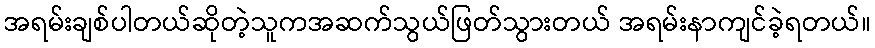
အရမ်းချစ်ပါတယ်ဆိုတဲ့သူကအဆက်သွယ်ဖြတ်သွားတယ် အရမ်းနာကျင်ခဲ့ရတယ်။